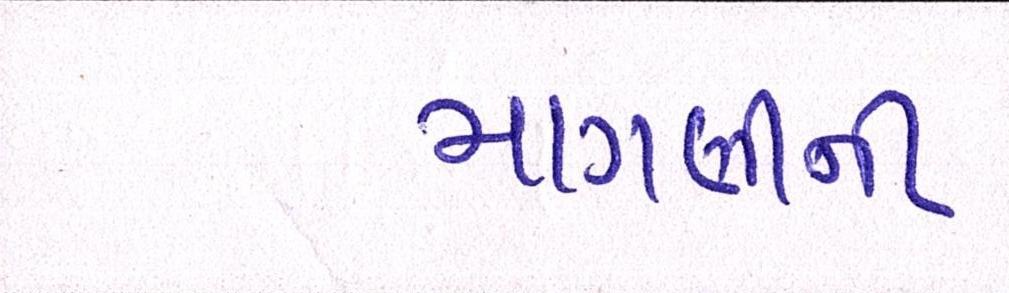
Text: માગણીની